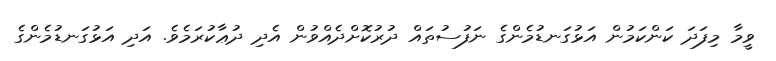
ވީމާ މިފަދަ ކަންކަމުން އަޅުގަނޑުމެންގެ ނަފުސުތައް ދުރުކޮށްދެއްވުން އެދި ދުޢާކުރަމެވެ. އަދި އަޅުގަނޑުމެންގެ